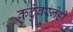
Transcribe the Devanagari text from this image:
कुटुंबस्नेही